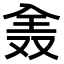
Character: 𠓰